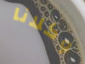
وكلانا